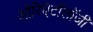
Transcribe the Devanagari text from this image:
ओरिएंटॉलॉजी